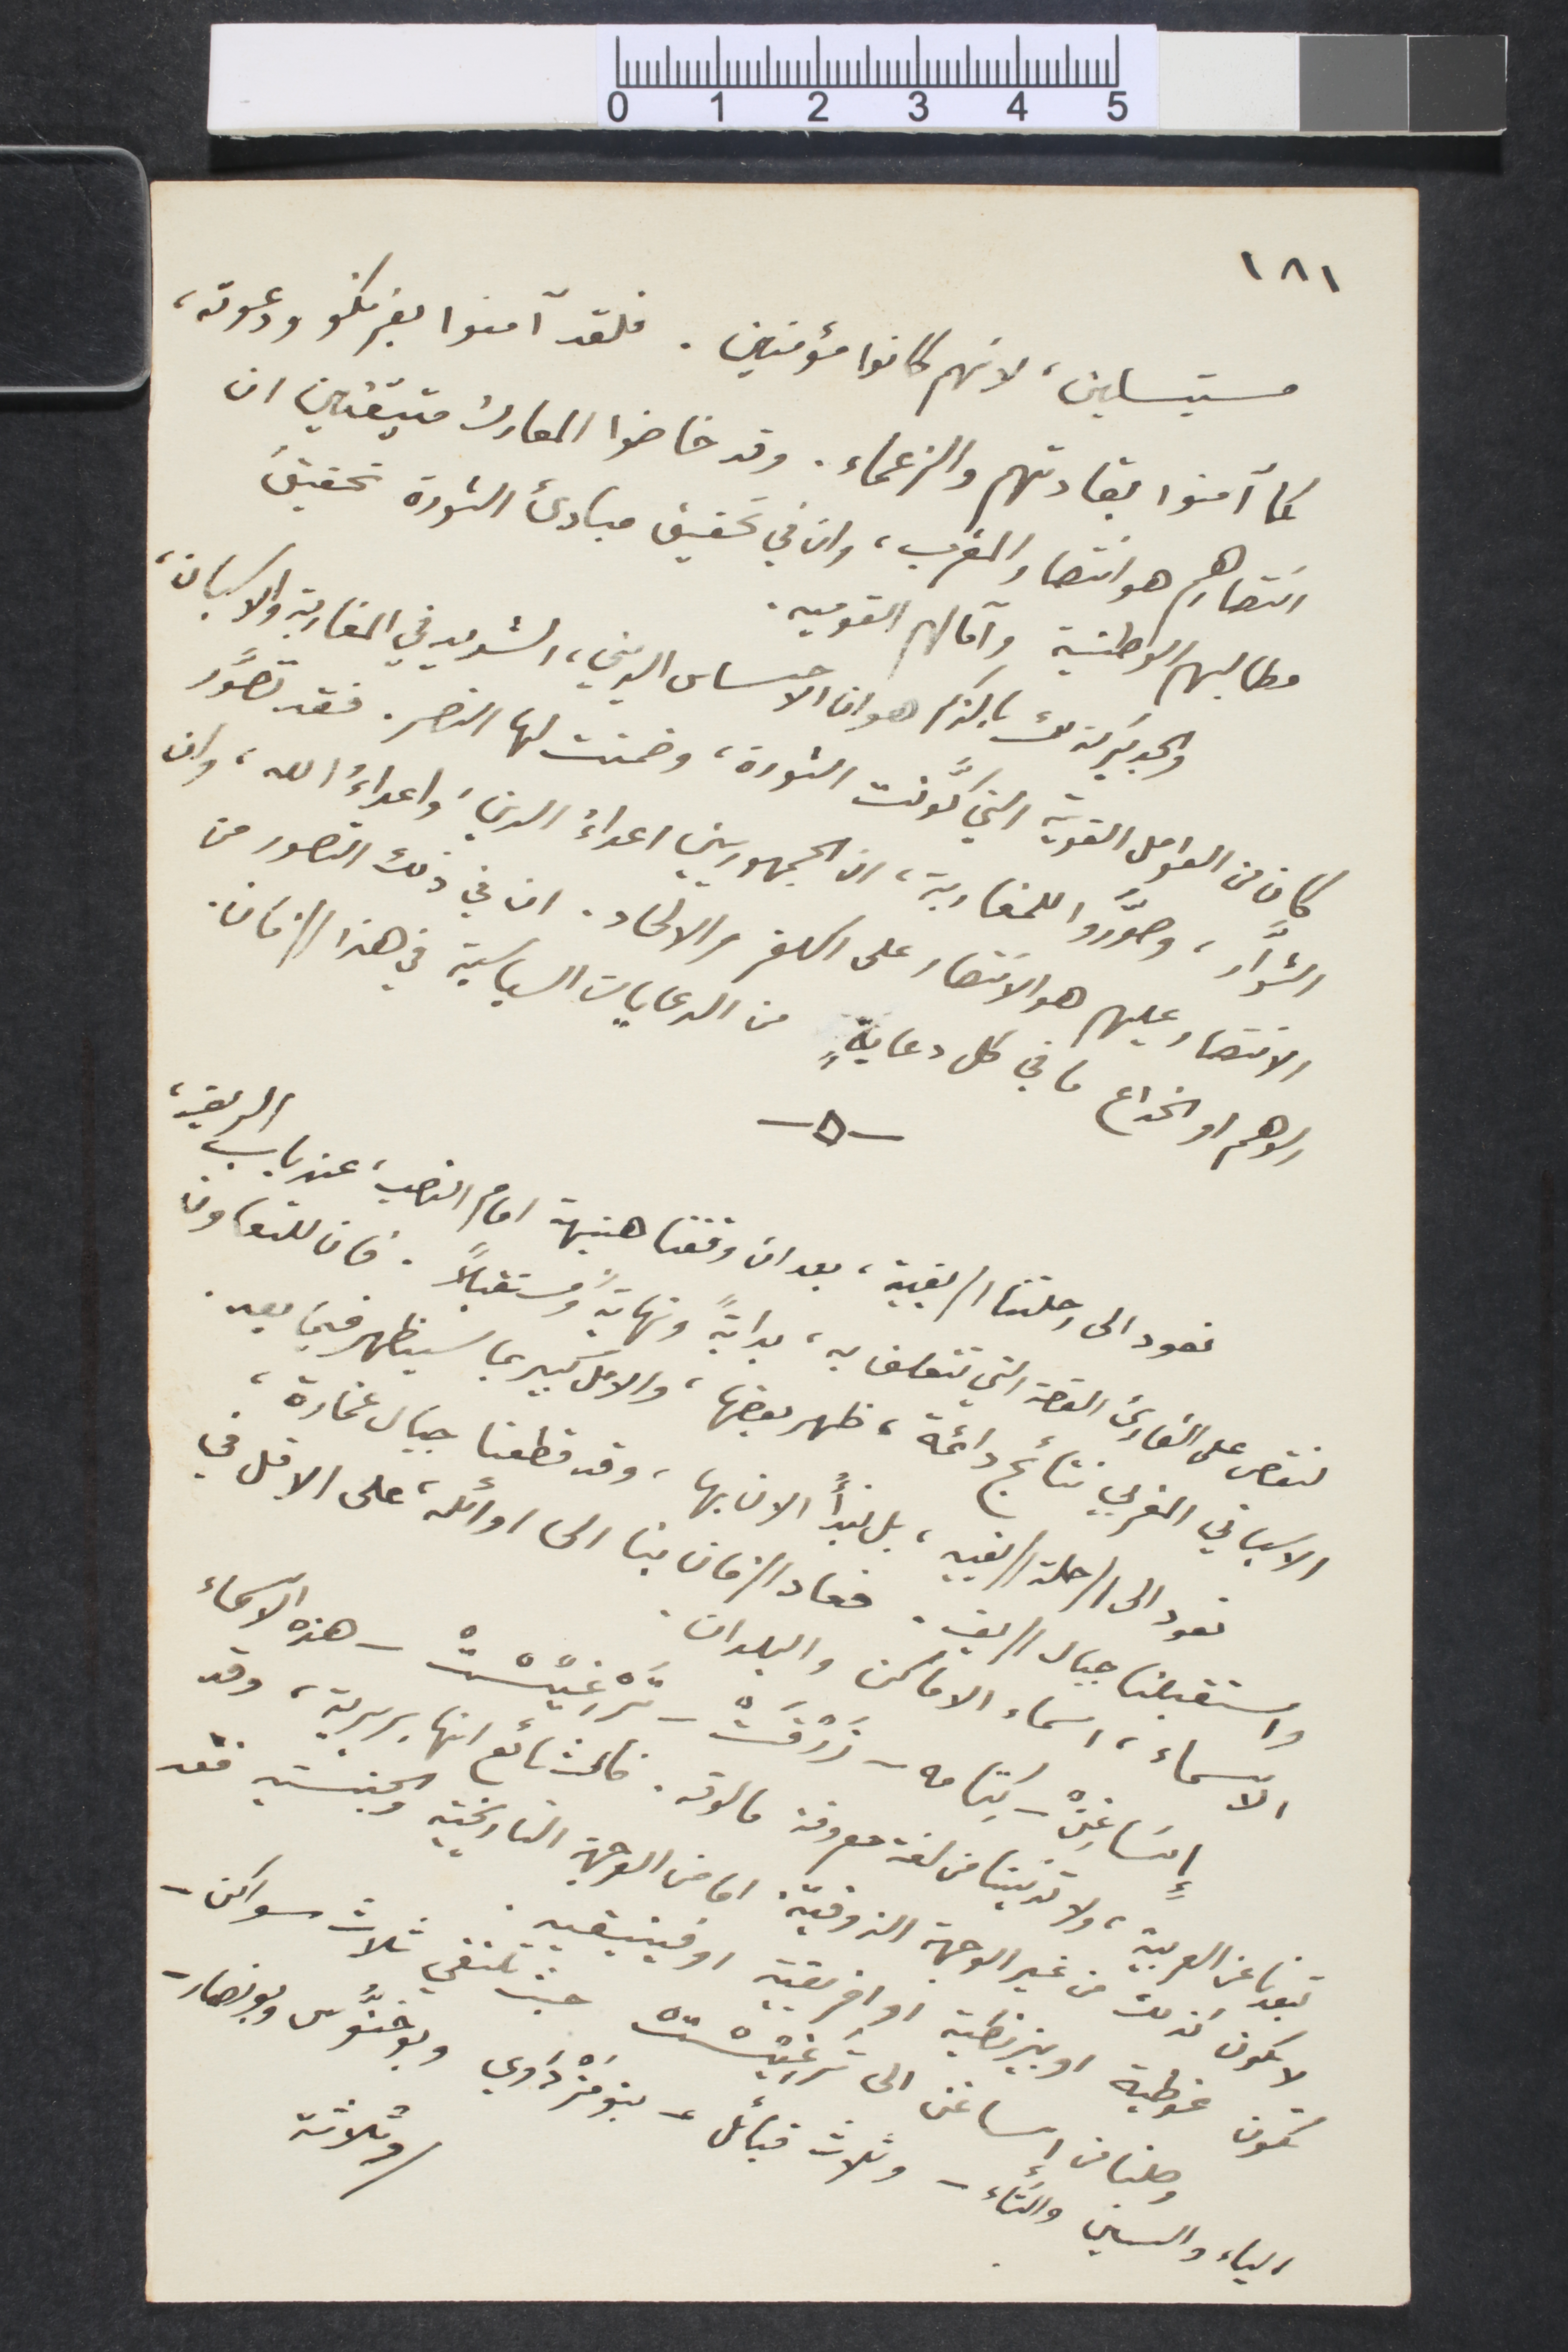
١٨١
مستبسلين، لانهم كانوا مؤمنين. فلقد آمنوا بفرنكو ودعوته،
كما آمنوا بقادتهم والزعماء. وقد خاضوا المعارك متيقنين ان
انتصارهم هوانتصار المغرب، وان في تحقيق مبادئ الثورة تحقيق
مطالبهم الوطنية وآمالهم القوميه.
والجدير كذلك بالذكر هو ان الأحساس الديني، الشديد في المغاربة والاسبان،
كان من العوامل القوية التي كوّنت الثورة، وضمنت لها النصر. فقد تصوّر
الثوّار، وصوّروا للمغاربة، ان الجمهوريين اعداءُ الدين، واعداءُ الله، وان
الانتصار عيلهم هو الانتصار على الكفر والالحاد. ان في ذلك التصور من
الوهم اوالخداع ما في كل دعاية من الدعايات السياسية في هذا الزمان.
نعود الى رحلتنا الريفية، بعد ان وقفنا هنيهة امام النصب، عند باب الريف،
لنقص على القارئ القصة التي تتعلق به ، بداية ونهاية ومستقبلًا. فان للتعاون
الاسباني المغربي نتائج دائمة، ظهر بعضها، والأمل كبير بما سيظهر فيا بعد.
نعود الى الرحلة الريفية، بل نبدأ الان بها، وقد قطعنا جبال غمارة،
واستقبلنا جبال الريف. فعاد الزمان بنا الى اوائله على الاقل في
الأسماء، اسماء الاماكن والبلدان.
إسَاغِنْ -كِتامه- زَرْفَتْ - تَرْغِيسْتْ - هذه الأسماء
تبعدنا عن العربية، ولا تدنينا من لغة معروفة مالوته. فالشائع انها بربرية، وقد
لا نكون كذلك من غير الوجهة الذوقية. اما من الوجهة التاريخية والجنسية فقد
تكون غوطية او بيزنطية أو افريقية او فينيقية
وثلاثة
وصلنا من إساغن الى ترغيستْ، حيث نلتقي ثلاث سواكن -
الياء والسين والتاء - وثلاث قبائل- بنومَزْداوي وبوخنّوس وبو نصار -